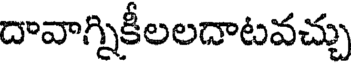
దావాగ్నికీలలదాటవచ్చు